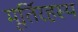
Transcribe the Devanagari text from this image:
मूर्तिरहस्य